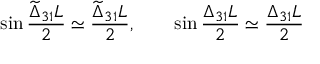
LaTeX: \sin \frac { \widetilde { \Delta } _ { 3 1 } L } { 2 } \simeq \frac { \widetilde { \Delta } _ { 3 1 } L } { 2 } , \qquad \sin \frac { \Delta _ { 3 1 } L } { 2 } \simeq \frac { \Delta _ { 3 1 } L } { 2 }